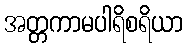
အတ္တကာမပါရိစရိယာ